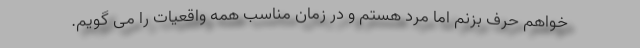
خواهم حرف بزنم اما مرد هستم و در زمان مناسب همه واقعیات را می گویم.